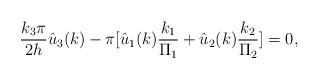
LaTeX: \begin{align*}\frac{k_3\pi}{2h}\hat{u}_3(k)-\pi [\hat{u}_1(k)\frac{k_1}{\Pi_1}+\hat{u}_2(k)\frac{k_2}{\Pi_2}]=0,\end{align*}